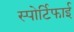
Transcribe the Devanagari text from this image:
स्पोर्टिफाई